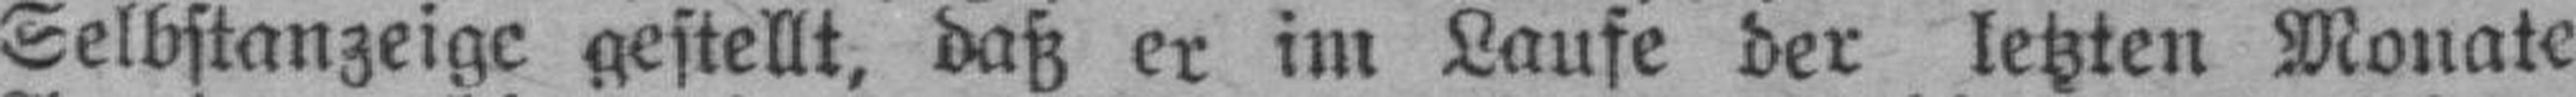
Selbstanzeige gestellt, daß er im Laufe der letzten Monate